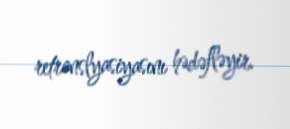
retranslyasiyasını hədəfləyir.